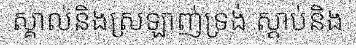
ស្គាល់និងស្រឡាញ់ទ្រង់ ស្តាប់និង